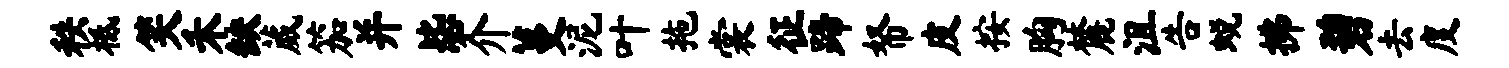
秩柢笑禾缺葳笳并毖介蔓泥叶拖裳征蹄帑皮按胸麓沮告蜕拂碧去度